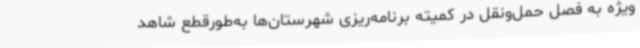
ویژه به فصل حمل‌ونقل در کمیته برنامه‌ریزی شهرستان‌ها به‌طورقطع شاهد